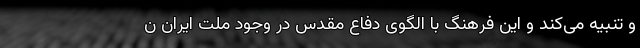
و تنبیه می‌کند و این فرهنگ با الگوی دفاع مقدس در وجود ملت ایران ن